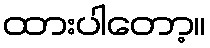
ထားပါတော့။